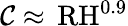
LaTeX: {\cal C}\approx\, \mathrm{RH}^{0.9}